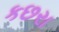
કછરા